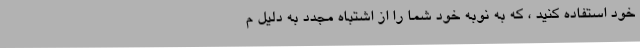
خود استفاده کنید ، که به نوبه خود شما را از اشتباه مجدد به دلیل م